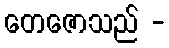
တေဇောသည် -